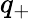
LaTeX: q_{+}